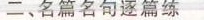
二、名篇名句逐篇练